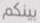
بينكم